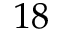
1 8